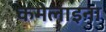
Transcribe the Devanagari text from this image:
कमेलाइना